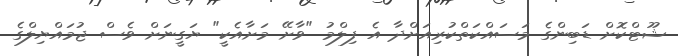
ޝޫޓްކޮށް ޑަބިންގެ މަސައްކަތްކުރިއަށްދާ އެ ފިލްމު "ވާށޭ މަށާއެކީ" ޔަގީނަށް ވެސް ޖުމައްޔިލްގެ